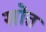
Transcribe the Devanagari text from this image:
स्रॊत